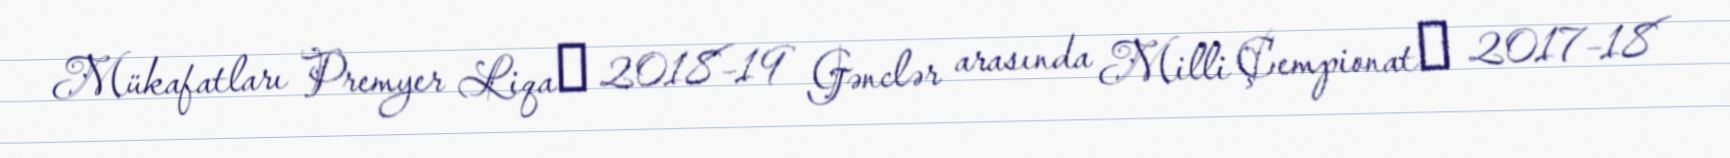
Mükafatları Premyer Liqaː 2018–19 Gənclər arasında Milli Çempionatː 2017–18